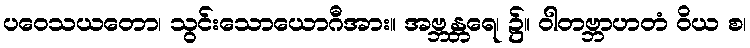
ပဝေသယတော၊ သွင်းသောယောဂီအား။ အဗ္ဘန္တရေ၊ ၌။ ဝါတဗ္ဘာဟတံ ဝိယ စ၊